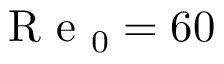
\mathrm { ~ R ~ e ~ } _ { 0 } = 6 0